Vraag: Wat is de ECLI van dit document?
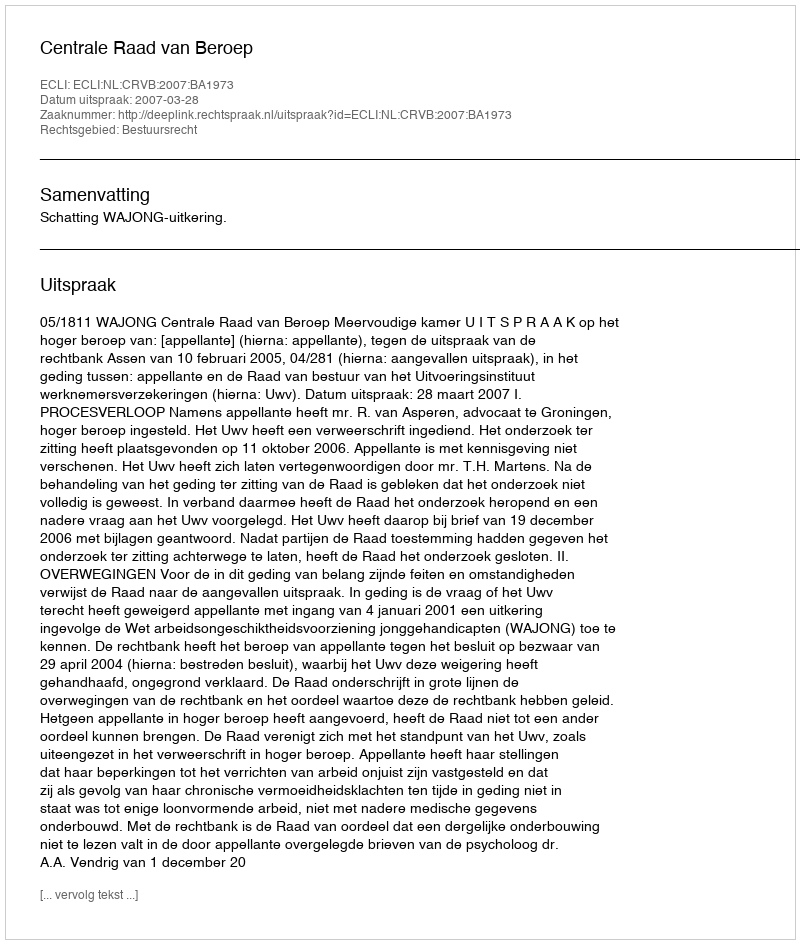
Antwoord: ECLI:NL:CRVB:2007:BA1973